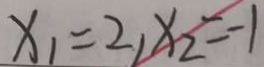
x _ { 1 } = 2 , x _ { 2 } = - 1